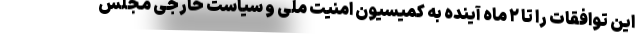
این توافقات را تا ۲ ماه آینده به کمیسیون امنیت ملی و سیاست خارجی مجلس